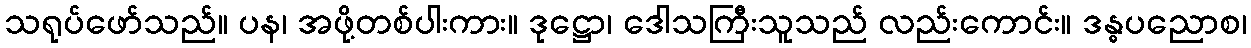
သရုပ်ဖော်သည်။ ပန၊ အဖို့တစ်ပါးကား။ ဒုဋ္ဌော၊ ဒေါသကြီးသူသည် လည်းကောင်း။ ဒန္ဓပညောစ၊